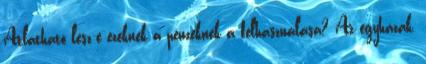
Átlátható lesz-e ezeknek a pénzeknek a felhasználása? Az egyházak,